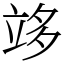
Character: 䇋